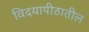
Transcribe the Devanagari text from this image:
विदयापीठातील